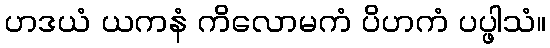
ဟဒယံ ယကနံ ကိလောမကံ ပိဟကံ ပပ္ဖါသံ။